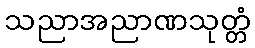
သညာအညာဏသုတ္တံ